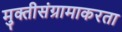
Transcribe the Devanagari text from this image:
मुक्तीसंग्रामाकरता